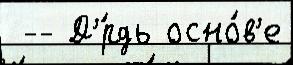
 -- Д'́рдь осно́в'е